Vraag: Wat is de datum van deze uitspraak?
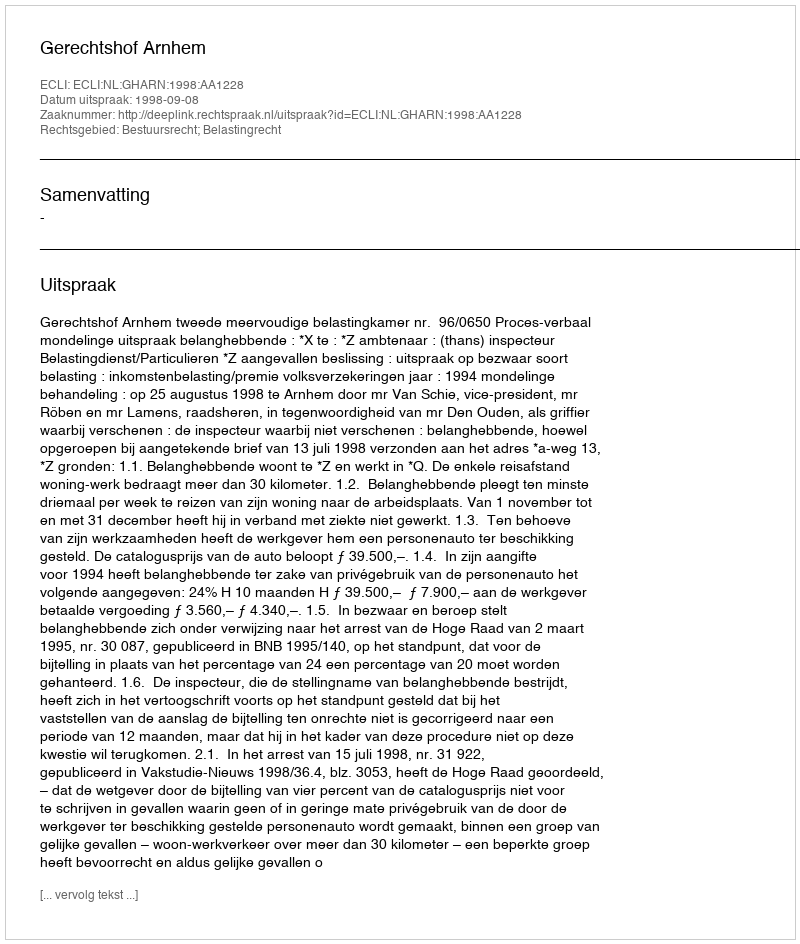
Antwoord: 1998-09-08